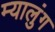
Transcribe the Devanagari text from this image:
म्यालुंग